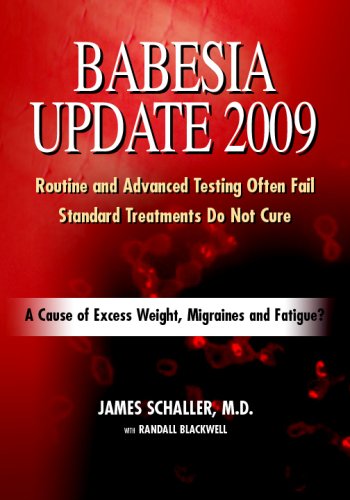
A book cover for Babesia Update 2009: A Cause of Excess Weight, Migraines and Fatigue? A Common Reason for Failed Lyme Disease Treatment; James Schaller M.D.; Health, Fitness & Dieting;